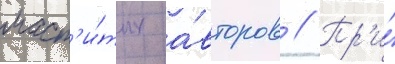
маст'и́тых а́второв // Пр'и́